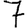
Digit: 7